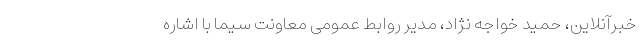
خبرآنلاین، حمید خواجه نژاد، مدیر روابط عمومی معاونت سیما با اشاره